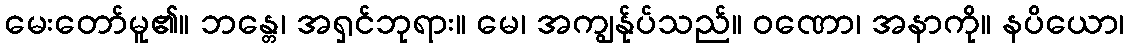
မေးတော်မူ၏။ ဘန္တေ၊ အရှင်ဘုရား။ မေ၊ အကျွန်ုပ်သည်။ ဝဏော၊ အနာကို။ နပိယော၊